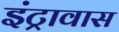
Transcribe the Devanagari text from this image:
इंट्रावास